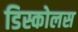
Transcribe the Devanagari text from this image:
डिस्कोलस